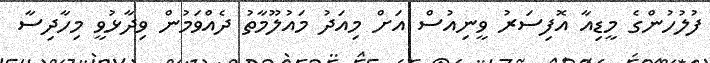
ފުލުހުންގެ މީޑިއާ އޮފިސަރު ވީނިއުސް އަށް މިއަދު މައުލޫމާތު ދެއްވަމުން ވިދާޅުވީ މިހާދިސާ